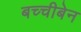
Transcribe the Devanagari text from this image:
बच्चीबेन